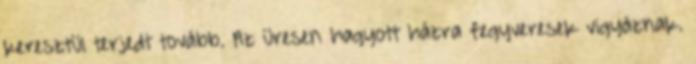
keresztül terjedt tovább. Az üresen hagyott házra fegyveresek vigyáznak.